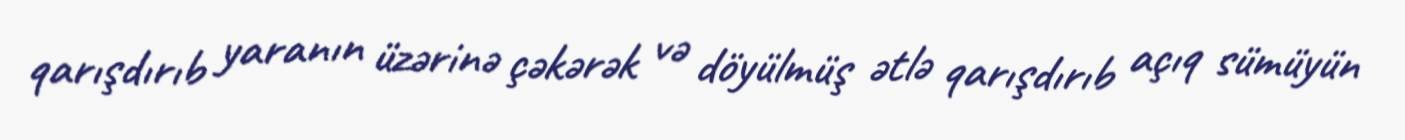
qarışdırıb yaranın üzərinə çəkərək və döyülmüş ətlə qarışdırıb açıq sümüyün